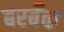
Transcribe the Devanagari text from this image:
बरबँक